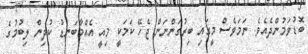
ބޮޑުވަމުންދެއެވެ. ނަމަވެސް މީގައި ބިރުގަންނަން ޖެހޭ ކަމަކީ މިއީ އެއްމާބަނޑު ކުދިން ލިބުމުގެ